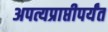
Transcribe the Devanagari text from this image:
अपत्यप्राप्तीपर्यंत